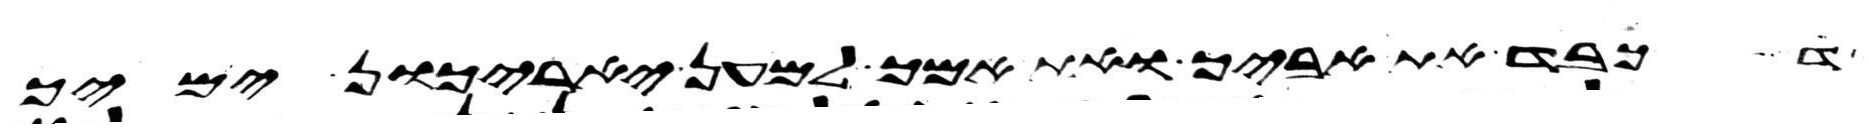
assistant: כבד את אביך ואת אמך למען יארכון ימיך